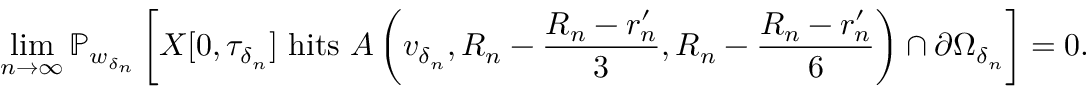
\operatorname* { l i m } _ { n \to \infty } \mathbb { P } _ { w _ { \delta _ { n } } } \left[ X [ 0 , \tau _ { \delta _ { n } } ] \mathrm { ~ h i t s ~ } A \left( v _ { \delta _ { n } } , R _ { n } - \frac { R _ { n } - r _ { n } ^ { \prime } } { 3 } , R _ { n } - \frac { R _ { n } - r _ { n } ^ { \prime } } { 6 } \right) \cap \partial \Omega _ { \delta _ { n } } \right] = 0 .